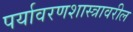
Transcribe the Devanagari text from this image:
पर्यावरणशास्त्रावरील